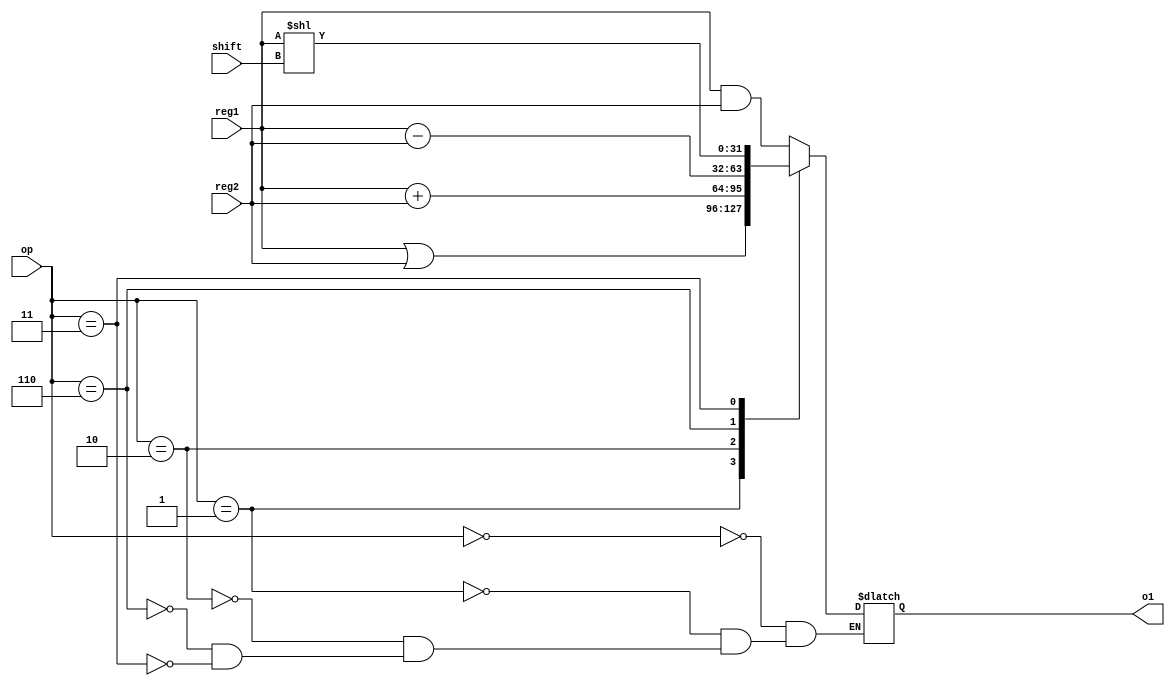
module ALU ( input signed [31:0] reg1 , input signed [31:0] reg2 ,input wire [2:0] op ,input wire [4:0] shift , output reg signed [31:0] o1 );

always @(reg1 or reg2 or op or shift ) 

begin
case (op)
//and 
3'b000:o1 =reg1&reg2   ;

//or 
3'b001:o1 =reg1|reg2   ;

//add 
3'b010:o1 =reg1+reg2   ;

//sub 
3'b110:o1 =reg1-reg2   ;

//shift left
3'b011:o1 =reg1<<shift ;

//shift right
//3'b101:o1 =reg1>>shift ;
//greater than
//3'b111:o1 =reg1>reg2   ;
//smaller than
//3'b110:o1 =reg1<reg2   ;

endcase


end


endmodule